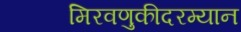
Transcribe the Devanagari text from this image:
मिरवणुकीदरम्यान